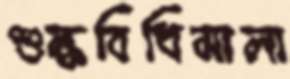
শুল্কবিধিমালা